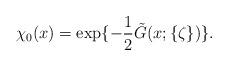
LaTeX: \begin{align*}\chi_0(x) = \exp \{- \frac12 \tilde{G}(x;\{\zeta\})\}.\end{align*}